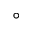
^ { \circ }